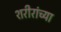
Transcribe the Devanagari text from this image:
शरीरांच्या